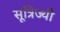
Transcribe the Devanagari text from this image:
सूत्रिज्यी